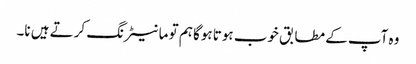
وہ آپ کے مطابق خوب ہوتا ہوگا ہم تو مانیٹرنگ کرتے ہیں نا۔